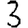
Digit: 3